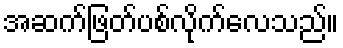
အဆက်ဖြတ်ပစ်လိုက်လေသည်။